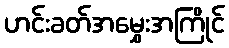
ဟင်းခတ်အမွှေးအကြိုင်